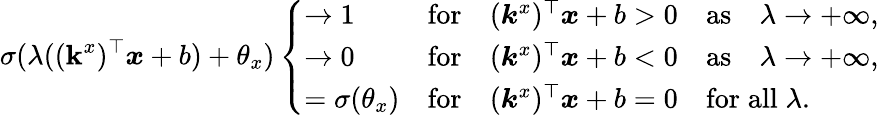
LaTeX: \sigma(\lambda((\boldsymbol{\mathbf{k}}^{x})^{\top}\boldsymbol{x}+b)+\theta_{x})\left\{ \begin{array}{ll}{\to 1}&{\mathrm{for}\quad(\boldsymbol{k}^{x})^{\top}\boldsymbol{x}+b>0\quad\mathrm{as}\quad\lambda\to+\infty,}\\ {\to 0}&{\mathrm{for}\quad(\boldsymbol{k}^{x})^{\top}\boldsymbol{x}+b<0\quad\mathrm{as}\quad\lambda\to+\infty,}\\ {=\sigma(\theta_{x})}&{\mathrm{for}\quad(\boldsymbol{k}^{x})^{\top}\boldsymbol{x}+b=0\quad\mathrm{for}\; \mathrm{all}\; \lambda.}\end{array}\right.